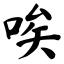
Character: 唉